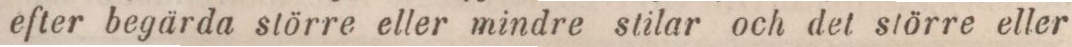
efter begärda större eller mindre stilar och det större eller